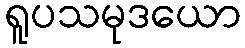
ရူပသမုဒယော